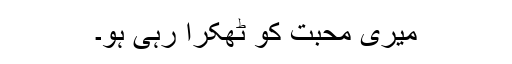
میری محبت کو ٹھکرا رہی ہو۔